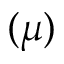
( \mu )